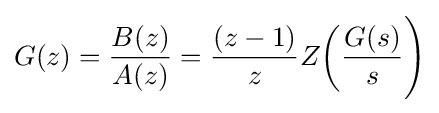
G(z)={\frac {B(z)}{A(z)}}={\frac {(z-1)}{z}}Z{\biggl (}{\frac {G(s)}{s}}{\Biggr )}